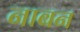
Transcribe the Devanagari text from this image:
नाबन